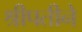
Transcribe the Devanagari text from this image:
श्रीपतीने